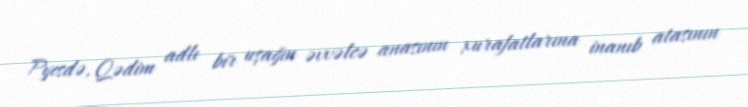
Pyesdə, Qədim adlı bir uşağın əvvəlcə anasının xurafatlarına inanıb atasının